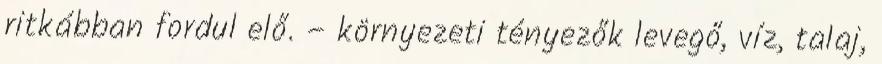
ritkábban fordul elő. – környezeti tényezők levegő, víz, talaj,